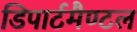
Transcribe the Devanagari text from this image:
डिपार्टमैण्टल